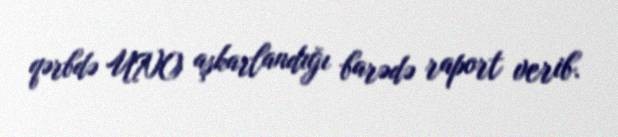
qərbdə UNO aşkarlandığı barədə raport verib.